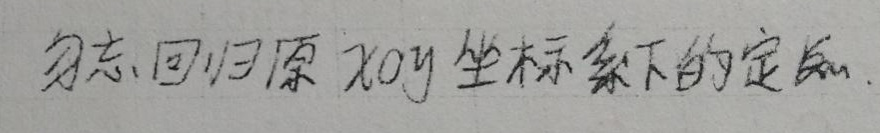
勿忘回归原 \(xOy\) 坐标系下的定义.